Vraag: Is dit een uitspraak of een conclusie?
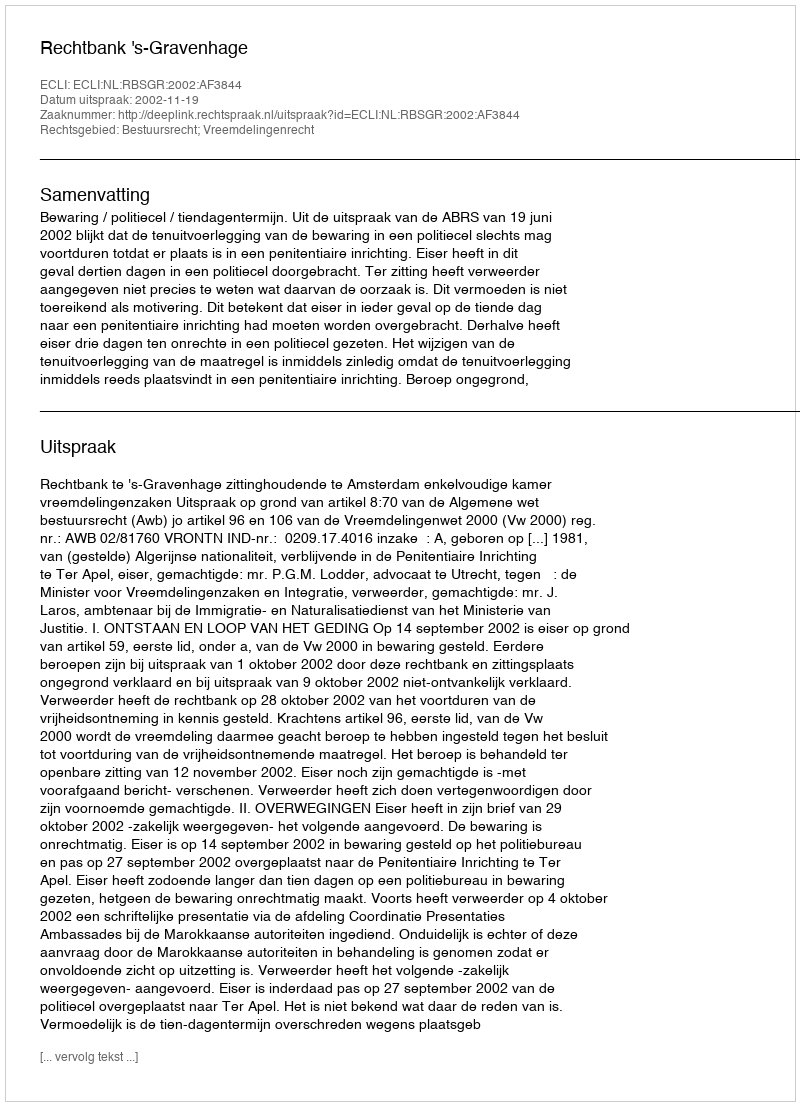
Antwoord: Uitspraak